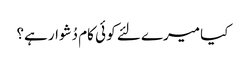
کیا میرے لئے کو ئی کام دُشوار ہے؟